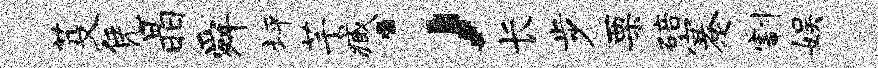
芟凭晶舜坪芊臧；长步栗碚蹇割娱